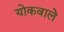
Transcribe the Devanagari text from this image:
योकवाले